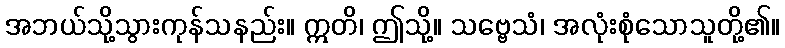
အဘယ်သို့သွားကုန်သနည်း။ ဣတိ၊ ဤသို့။ သဗ္ဗေသံ၊ အလုံးစုံသောသူတို့၏။